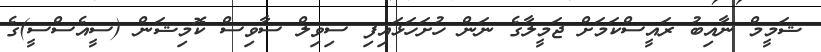
ޝަމީމް ނާއިބު ރައީސްކަމަށް ޖަމީލާގެ ނަން ހުށަހަޅައިފި ސިވިލް ސާވިސް ކޮމިޝަން (ސީއެސްސީ)ގެ